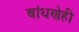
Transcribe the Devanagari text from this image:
बांधणेही